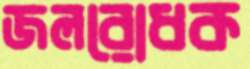
জলরোধক